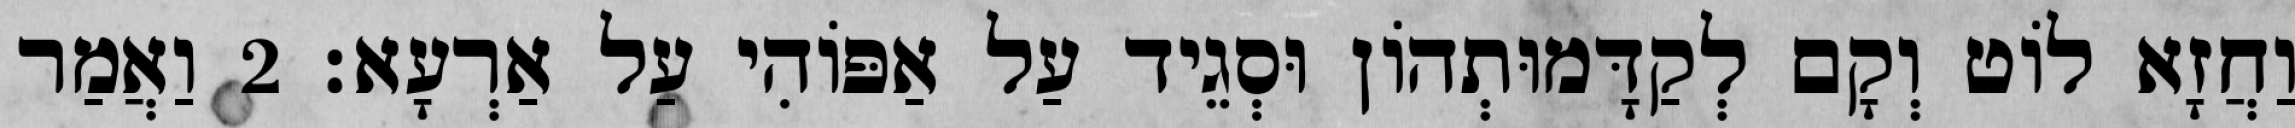
וַחֲזָא לוֹט וְקָם לְקַדָּמוּתְהוֹן וּסְגֵיד עַל אַפּוֹהִי עַל אַרְעָא׃ 2 וַאֲמַר